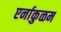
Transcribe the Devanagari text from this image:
एर्नाकुळम